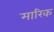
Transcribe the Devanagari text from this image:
मारिक